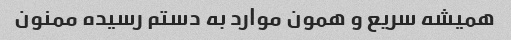
همیشه سریع و همون موارد به دستم رسیده ممنون